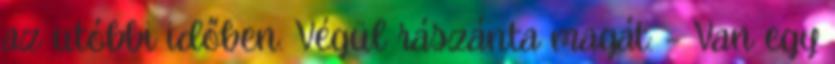
az utóbbi időben. Végül rászánta magát: – Van egy